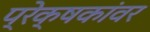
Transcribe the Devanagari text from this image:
प्रेक्षकांवर